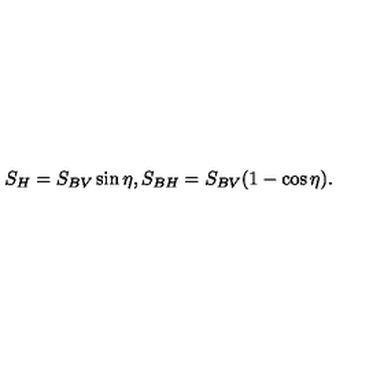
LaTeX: S _ { H } = S _ { B V } \sin \eta , S _ { B H } = S _ { B V } ( 1 - \cos \eta ) .